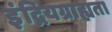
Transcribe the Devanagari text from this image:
इंद्रियग्राह्यता